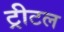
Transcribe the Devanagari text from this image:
ट्रीटल